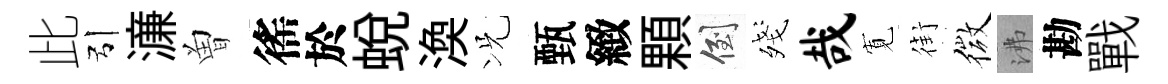
此引濓曽徭於蜕渙况甄緻顆倒殘哉𡩖街微沸勘戰